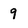
Character: 9